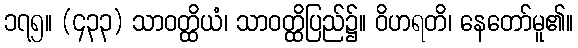
၁၇၅။ (၄၃၃) သာဝတ္ထိယံ၊ သာဝတ္ထိပြည်၌။ ဝိဟရတိ၊ နေတော်မူ၏။